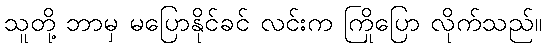
သူတို့ ဘာမှ မပြောနိုင်ခင် လင်းက ကြိုပြော လိုက်သည်။